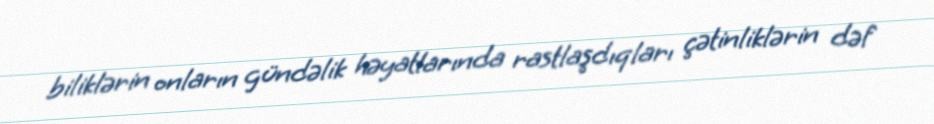
biliklərin onların gündəlik həyatlarında rastlaşdıqları çətinliklərin dəf